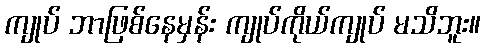
ကျုပ် ဘာဖြစ်နေမှန်း ကျုပ်ကိုယ်ကျုပ် မသိဘူး။